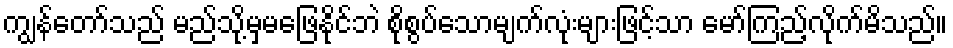
ကျွန်တော်သည် မည်သို့မှမဖြေနိုင်ဘဲ စိုစွပ်သောမျက်လုံးများဖြင့်သာ မော်ကြည့်လိုက်မိသည်။